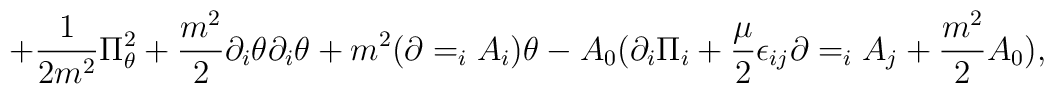
+{1\over {2m^2}}\Pi _\theta ^2 +{{m^2}\over 2}\partial _i\theta \partial _i\theta +m^2(\partial =_iA_i)\theta-A_0(\partial _i\Pi _i+{\mu \over 2}\epsilon _{ij}\partial =_iA_j+{{m^2}\over 2}A_0),